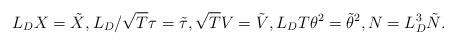
LaTeX: \begin{align*} L_D X &= \tilde{X}, L_D/\sqrt{T} \tau = \tilde{\tau},\sqrt{T} V= \tilde{V}, L_D T \theta^2 = \tilde{\theta}^2, N= L_D^3 \tilde{N}.\end{align*}